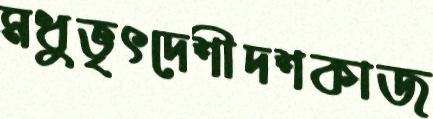
মধুভৃৎদেশীদশকাজ